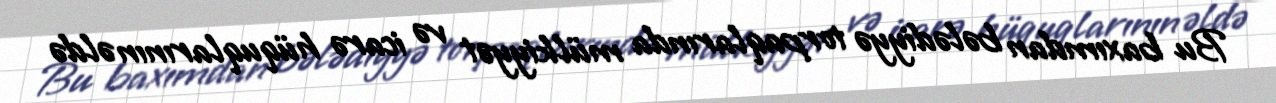
Bu baxımdan bələdiyyə torpaqlarında mülkiyyət və icarə hüquqlarının əldə